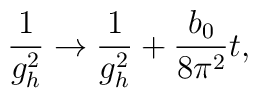
\frac{1}{g_{h}^{2}} \rightarrow \frac{1}{g_{h}^{2}} +         \frac{b_{0}}{8\pi^{2}} t,